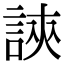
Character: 𧧵